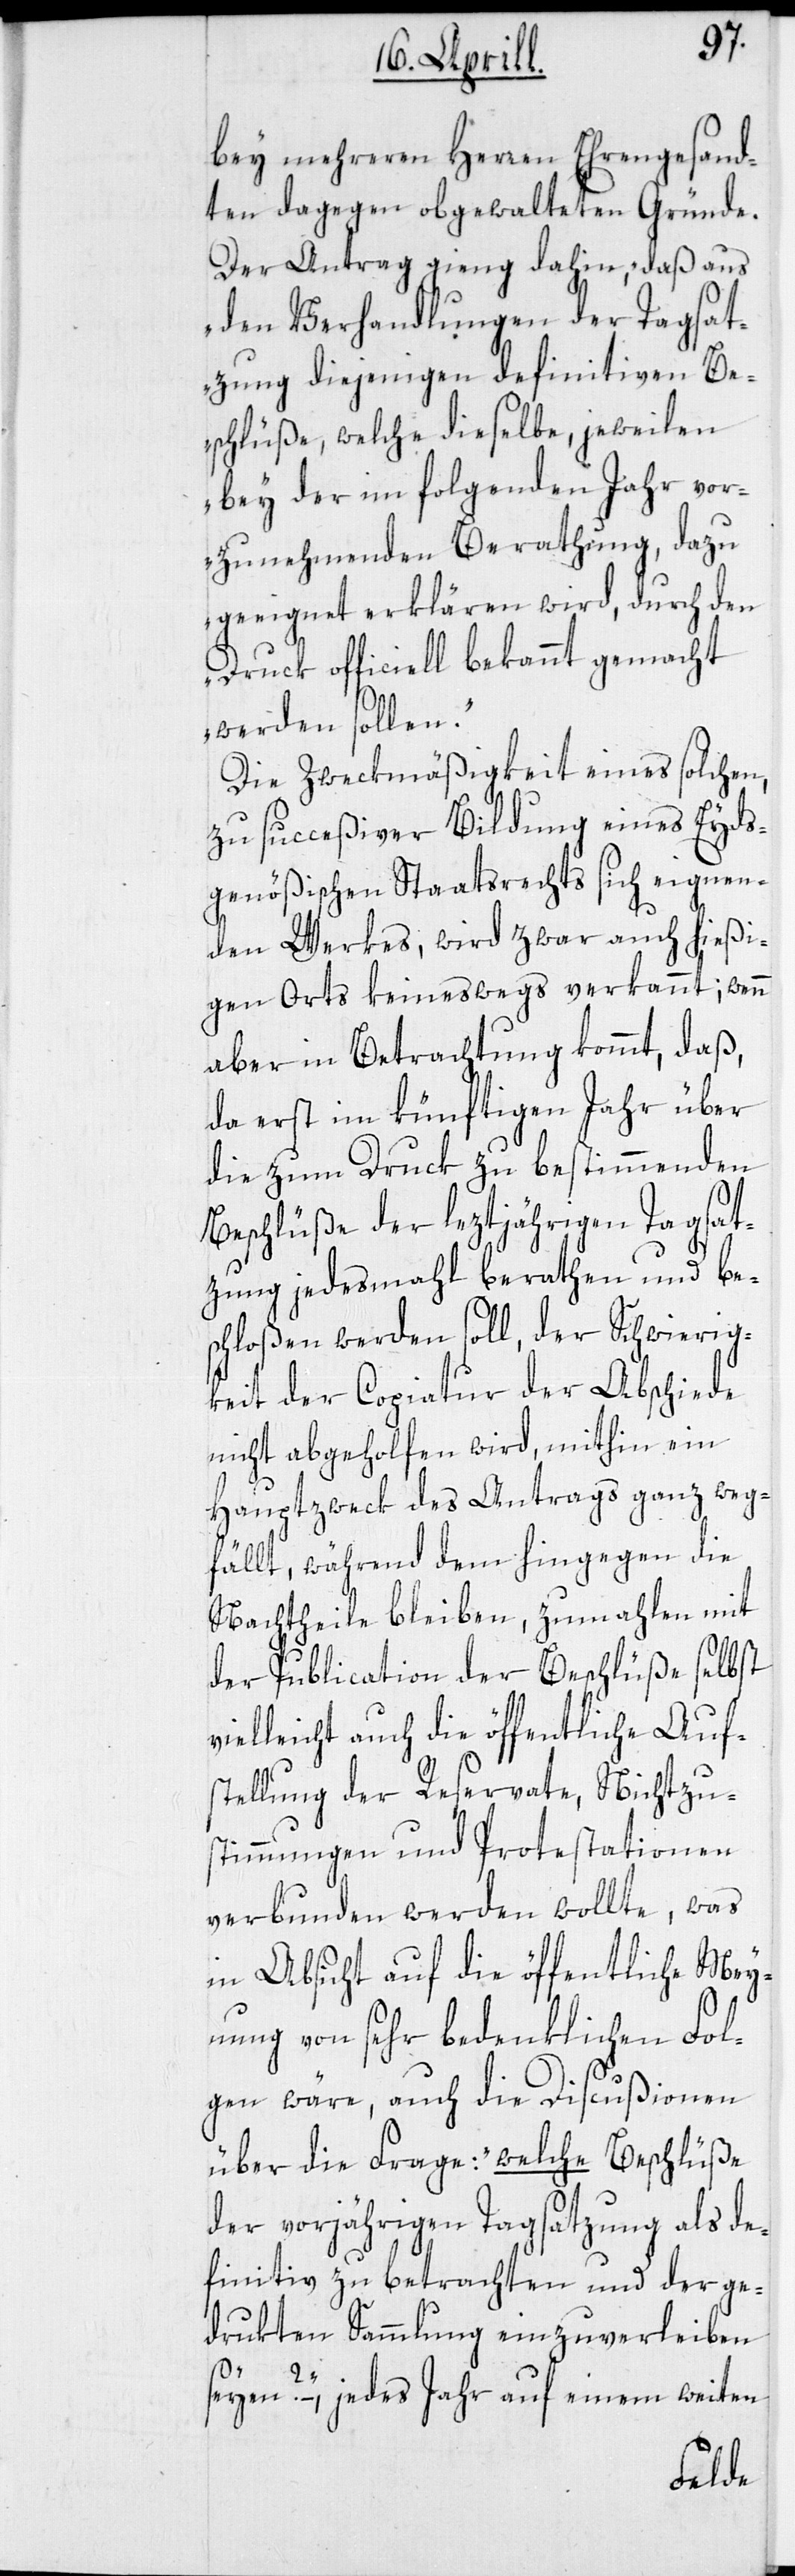
bey mehreren Herren Ehrengesand¬
ten dagegen obgewalteten Gründe.
Der Antrag gieng dahin, „daß aus
den Verhandlungen der Tagsat¬
zung diejenigen definitiven Be¬
schlüße, welche dieselbe, jeweilen
bey der im folgenden Jahr vor¬
zunehmenden Berathung, dazu
geeignet erklären wird, durch den
Druck officiell bekannt gemacht
werden sollen“.
Die Zweckmäßigkeit eines solchen,
zu succeßiver Bildung eines Eyds¬
genößischen Staatsrechts sich eignen¬
den Werkes, wird zwar auch hießi¬
gen Orts keineswegs verkannt; wenn
aber in Betrachtung kommt, daß,
da erst im künftigen Jahr über
die zum Druck zu bestimmenden
Beschlüße der leztjährigen Tagsat¬
zung jedesmahl berathen und be¬
schloßen werden soll, der Schwierig¬
keit der Copiatur der Abschiede
nicht abgeholfen wird, mithin ein
Hauptzweck des Antrags ganz weg¬
fällt, während dem hingegen die
Nachtheile bleiben, zumahlen mit
der Publication der Beschlüße selbst
vielleicht auch die öffentliche Aufs¬
tellung der Reservate, Nichtzu¬
stimmungen und Protestationen
verbunden werden wollte, was
in Absicht auf die öffentliche Mey¬
nung von sehr bedenklichen Fol¬
gen wäre, auch die Discußionen
über die Frage: „welche Beschlüsse
der vorjährigen Tagsatzung als de¬
finitiv zu betrachten und der ge¬
drukten Sammlung einzuverleiben
seyen?“ – jedes Jahr auf einem weiten